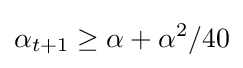
\alpha _{t+1}\geq \alpha +\alpha ^{2}/40